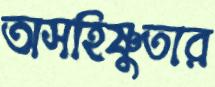
অসহিষ্ণুতার